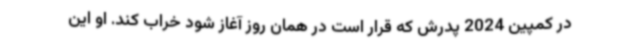
در کمپین 2024 پدرش که قرار است در همان روز آغاز شود خراب کند. او این